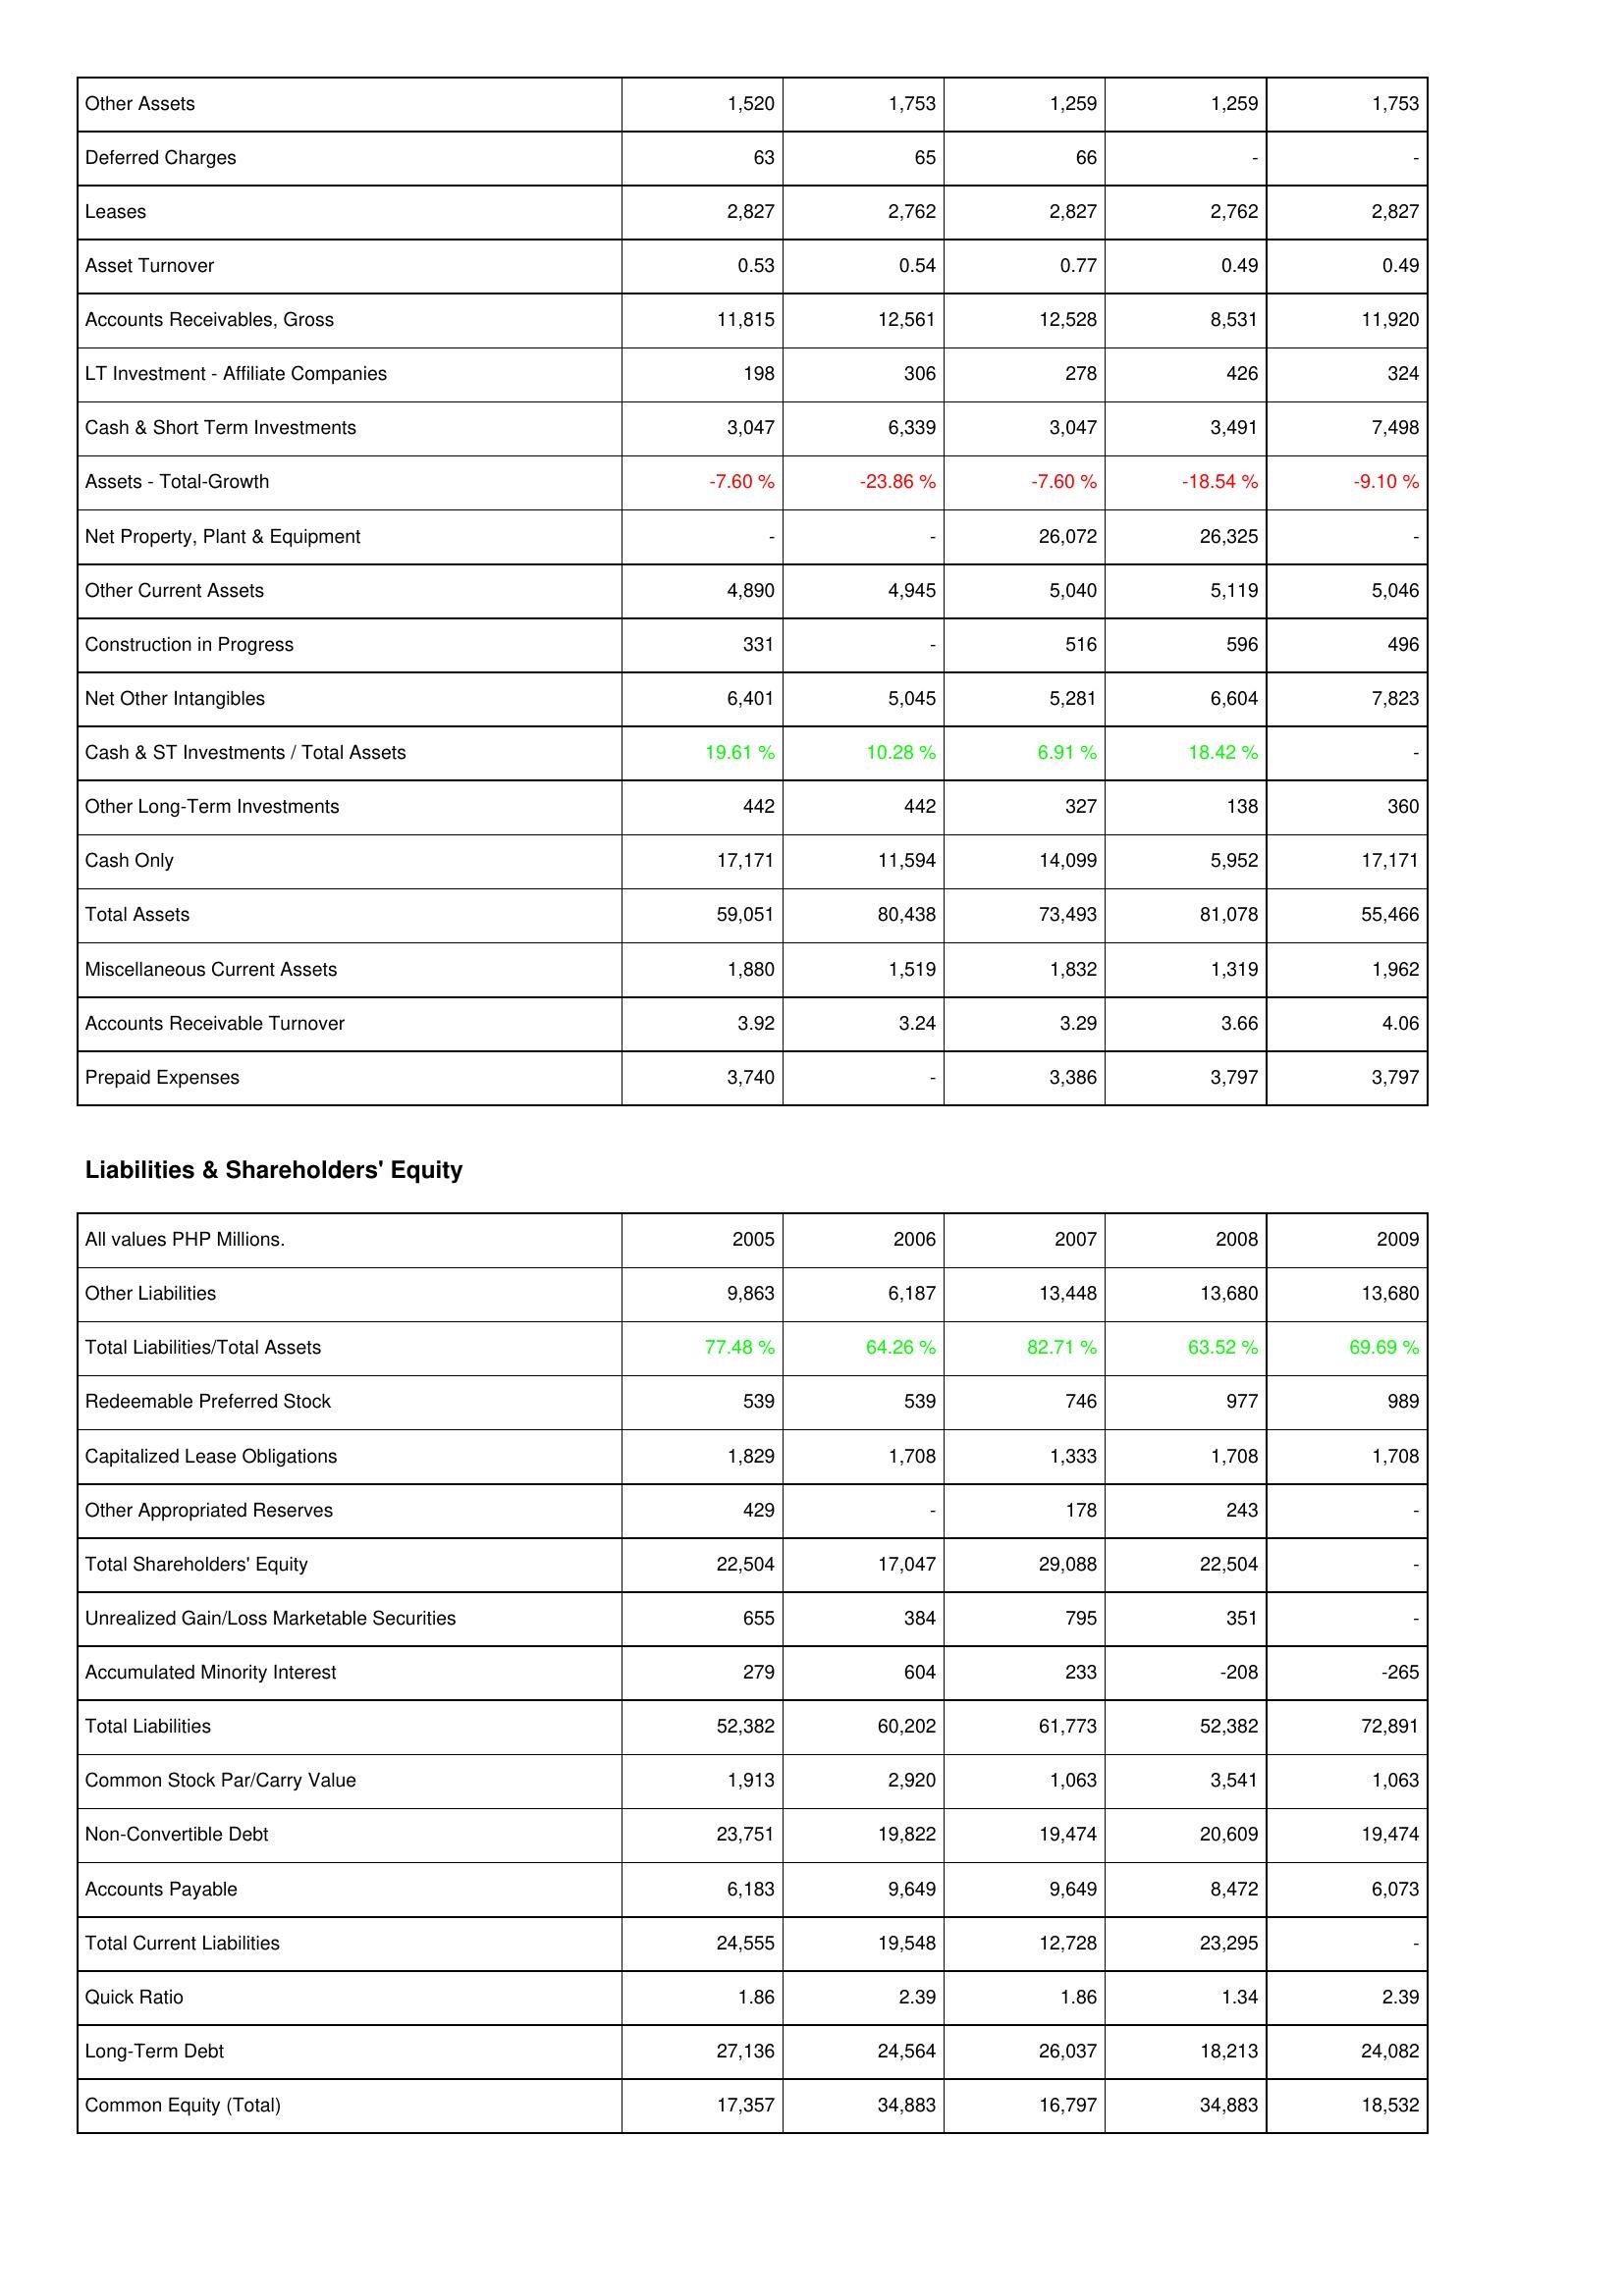
2005: Assets: Other Assets: 1,520
Deferred Charges: 63
Leases: 2,827
Asset Turnover: 0.53
Accounts Receivables, Gross: 11,815
LT Investment - Affiliate Companies: 198
Cash & Short Term Investments: 3,047
Assets - Total-Growth: -7.60 %
Net Property, Plant & Equipment: -
Other Current Assets: 4,890
Construction in Progress: 331
Net Other Intangibles: 6,401
Cash & ST Investments / Total Assets: 19.61 %
Other Long-Term Investments: 442
Cash Only: 17,171
Total Assets: 59,051
Miscellaneous Current Assets: 1,880
Accounts Receivable Turnover: 3.92
Prepaid Expenses: 3,740
Liabilities & Shareholders' Equity: Other Liabilities: 9,863
Total Liabilities/Total Assets: 77.48 %
Redeemable Preferred Stock: 539
Capitalized Lease Obligations: 1,829
Other Appropriated Reserves: 429
Total Shareholders' Equity: 22,504
Unrealized Gain/Loss Marketable Securities: 655
Accumulated Minority Interest: 279
Total Liabilities: 52,382
Common Stock Par/Carry Value: 1,913
Non-Convertible Debt: 23,751
Accounts Payable: 6,183
Total Current Liabilities: 24,555
Quick Ratio: 1.86
Long-Term Debt: 27,136
Common Equity (Total): 17,357
2006: Assets: Other Assets: 1,753
Deferred Charges: 65
Leases: 2,762
Asset Turnover: 0.54
Accounts Receivables, Gross: 12,561
LT Investment - Affiliate Companies: 306
Cash & Short Term Investments: 6,339
Assets - Total-Growth: -23.86 %
Net Property, Plant & Equipment: -
Other Current Assets: 4,945
Construction in Progress: -
Net Other Intangibles: 5,045
Cash & ST Investments / Total Assets: 10.28 %
Other Long-Term Investments: 442
Cash Only: 11,594
Total Assets: 80,438
Miscellaneous Current Assets: 1,519
Accounts Receivable Turnover: 3.24
Prepaid Expenses: -
Liabilities & Shareholders' Equity: Other Liabilities: 6,187
Total Liabilities/Total Assets: 64.26 %
Redeemable Preferred Stock: 539
Capitalized Lease Obligations: 1,708
Other Appropriated Reserves: -
Total Shareholders' Equity: 17,047
Unrealized Gain/Loss Marketable Securities: 384
Accumulated Minority Interest: 604
Total Liabilities: 60,202
Common Stock Par/Carry Value: 2,920
Non-Convertible Debt: 19,822
Accounts Payable: 9,649
Total Current Liabilities: 19,548
Quick Ratio: 2.39
Long-Term Debt: 24,564
Common Equity (Total): 34,883
2007: Assets: Other Assets: 1,259
Deferred Charges: 66
Leases: 2,827
Asset Turnover: 0.77
Accounts Receivables, Gross: 12,528
LT Investment - Affiliate Companies: 278
Cash & Short Term Investments: 3,047
Assets - Total-Growth: -7.60 %
Net Property, Plant & Equipment: 26,072
Other Current Assets: 5,040
Construction in Progress: 516
Net Other Intangibles: 5,281
Cash & ST Investments / Total Assets: 6.91 %
Other Long-Term Investments: 327
Cash Only: 14,099
Total Assets: 73,493
Miscellaneous Current Assets: 1,832
Accounts Receivable Turnover: 3.29
Prepaid Expenses: 3,386
Liabilities & Shareholders' Equity: Other Liabilities: 13,448
Total Liabilities/Total Assets: 82.71 %
Redeemable Preferred Stock: 746
Capitalized Lease Obligations: 1,333
Other Appropriated Reserves: 178
Total Shareholders' Equity: 29,088
Unrealized Gain/Loss Marketable Securities: 795
Accumulated Minority Interest: 233
Total Liabilities: 61,773
Common Stock Par/Carry Value: 1,063
Non-Convertible Debt: 19,474
Accounts Payable: 9,649
Total Current Liabilities: 12,728
Quick Ratio: 1.86
Long-Term Debt: 26,037
Common Equity (Total): 16,797
2008: Assets: Other Assets: 1,259
Deferred Charges: -
Leases: 2,762
Asset Turnover: 0.49
Accounts Receivables, Gross: 8,531
LT Investment - Affiliate Companies: 426
Cash & Short Term Investments: 3,491
Assets - Total-Growth: -18.54 %
Net Property, Plant & Equipment: 26,325
Other Current Assets: 5,119
Construction in Progress: 596
Net Other Intangibles: 6,604
Cash & ST Investments / Total Assets: 18.42 %
Other Long-Term Investments: 138
Cash Only: 5,952
Total Assets: 81,078
Miscellaneous Current Assets: 1,319
Accounts Receivable Turnover: 3.66
Prepaid Expenses: 3,797
Liabilities & Shareholders' Equity: Other Liabilities: 13,680
Total Liabilities/Total Assets: 63.52 %
Redeemable Preferred Stock: 977
Capitalized Lease Obligations: 1,708
Other Appropriated Reserves: 243
Total Shareholders' Equity: 22,504
Unrealized Gain/Loss Marketable Securities: 351
Accumulated Minority Interest: -208
Total Liabilities: 52,382
Common Stock Par/Carry Value: 3,541
Non-Convertible Debt: 20,609
Accounts Payable: 8,472
Total Current Liabilities: 23,295
Quick Ratio: 1.34
Long-Term Debt: 18,213
Common Equity (Total): 34,883
2009: Assets: Other Assets: 1,753
Deferred Charges: -
Leases: 2,827
Asset Turnover: 0.49
Accounts Receivables, Gross: 11,920
LT Investment - Affiliate Companies: 324
Cash & Short Term Investments: 7,498
Assets - Total-Growth: -9.10 %
Net Property, Plant & Equipment: -
Other Current Assets: 5,046
Construction in Progress: 496
Net Other Intangibles: 7,823
Cash & ST Investments / Total Assets: -
Other Long-Term Investments: 360
Cash Only: 17,171
Total Assets: 55,466
Miscellaneous Current Assets: 1,962
Accounts Receivable Turnover: 4.06
Prepaid Expenses: 3,797
Liabilities & Shareholders' Equity: Other Liabilities: 13,680
Total Liabilities/Total Assets: 69.69 %
Redeemable Preferred Stock: 989
Capitalized Lease Obligations: 1,708
Other Appropriated Reserves: -
Total Shareholders' Equity: -
Unrealized Gain/Loss Marketable Securities: -
Accumulated Minority Interest: -265
Total Liabilities: 72,891
Common Stock Par/Carry Value: 1,063
Non-Convertible Debt: 19,474
Accounts Payable: 6,073
Total Current Liabilities: -
Quick Ratio: 2.39
Long-Term Debt: 24,082
Common Equity (Total): 18,532